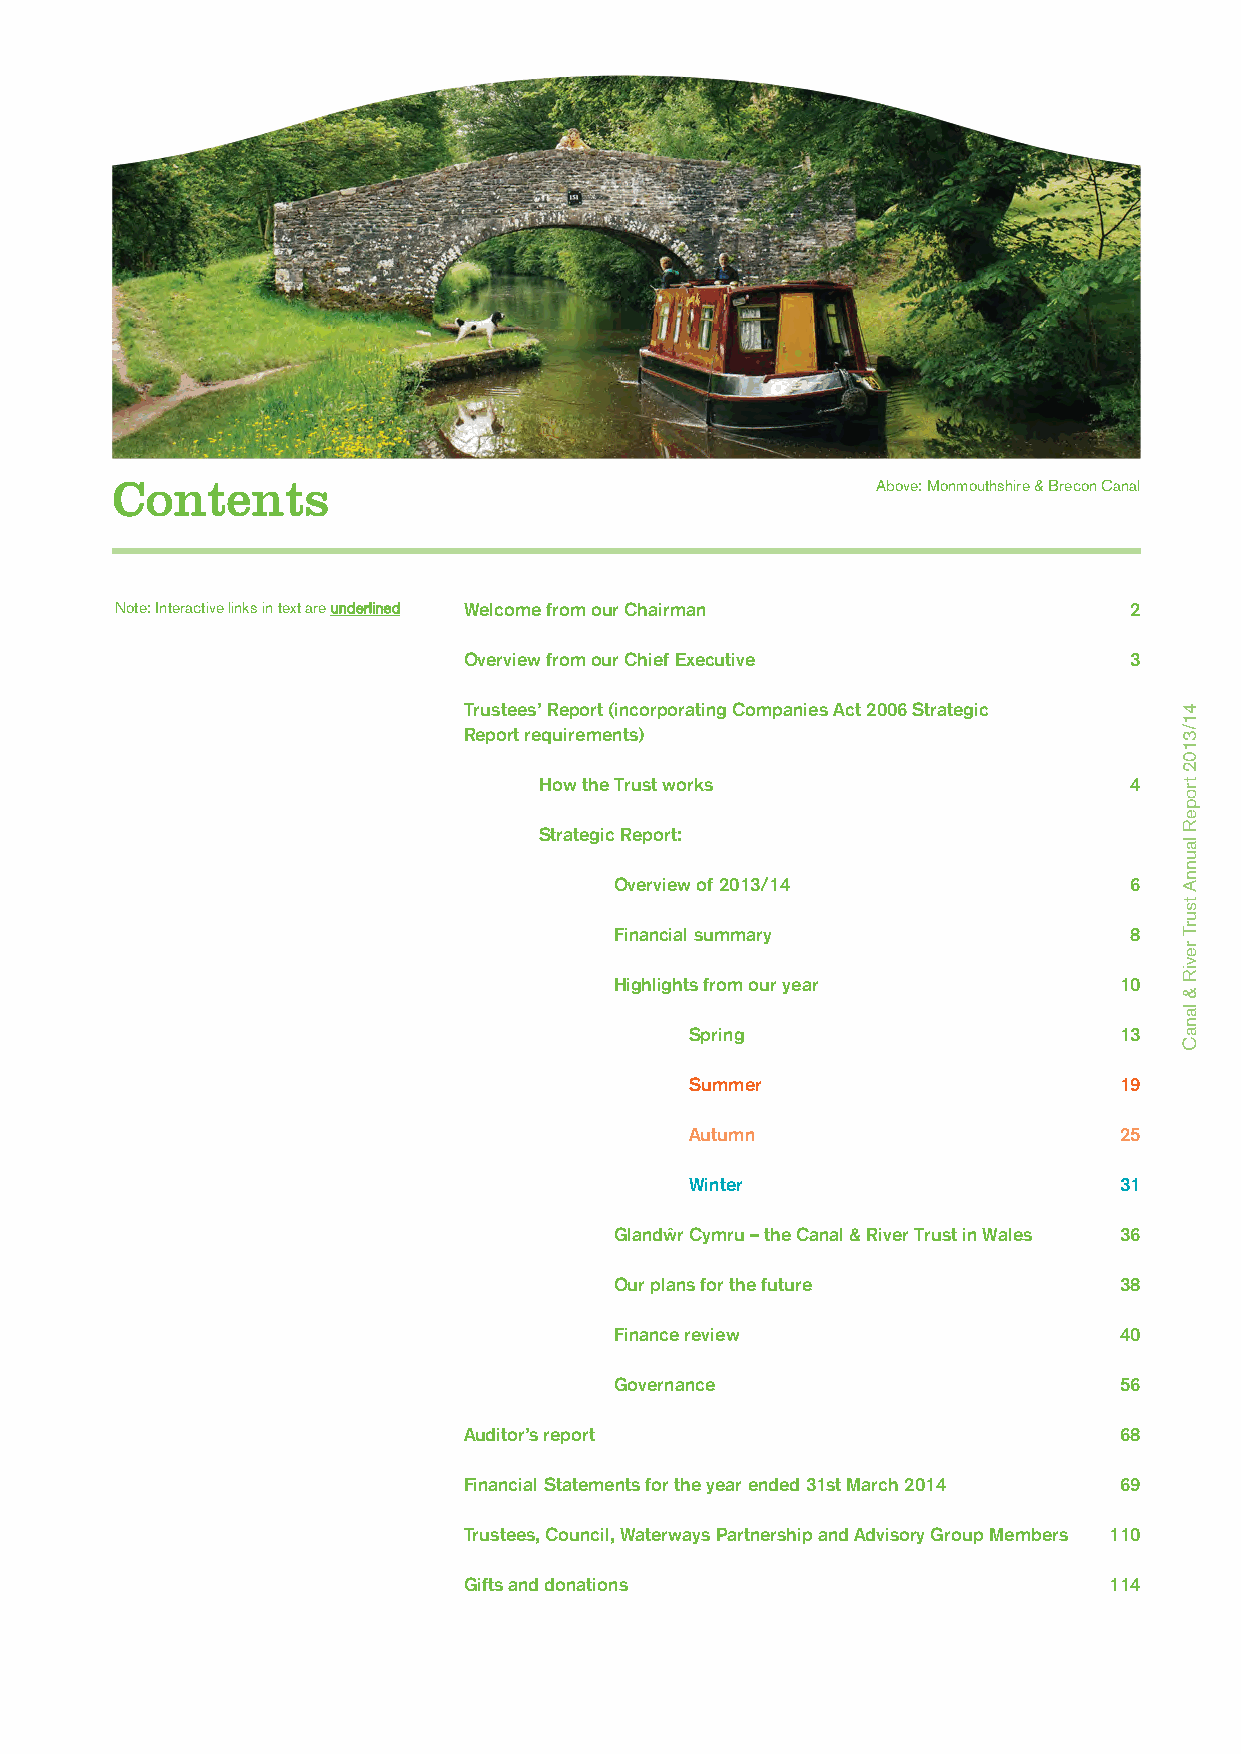
Contents                                           Above: Monmouthshire & Brecon Canal
 Note: Interactive links in text are underlined Welcome from our Chairman 2
 Overview from our Chief Executive           3
 Trustees’ Report (incorporating Companies Act 2006 Strategic
 Report requirements)
 How the Trust works                    4
 Strategic Report:
 Overview of 2013/14               6
 Financial summary                 8
 Highlights from our year         10
 Spring                      13
 Summer                      19
 Autumn                      25
 Winter                      31
 Glandwˆr Cymru – the Canal & River Trust in Wales 36
 Our plans for the future         38
 Finance review                   40
 Governance                       56
 Auditor’s report                           68
 Financial Statements for the year ended 31st March 2014 69
 Trustees, Council, Waterways Partnership and Advisory Group Members 110
 Gifts and donations                       114
 41/3102
 tropeR
 launnA
 tsurT
 reviR
 &
 lanaC